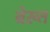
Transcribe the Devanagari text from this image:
ब्रेख़्त